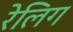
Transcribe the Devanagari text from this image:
रेलिग